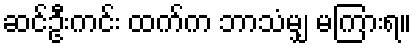
ဆင်ဦးကင်း ထက်က ဘာသံမျှ မကြားရ။